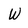
Character: W